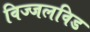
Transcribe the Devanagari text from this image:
विज्जलविड